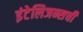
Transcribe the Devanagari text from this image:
इंटेलिजन्सची